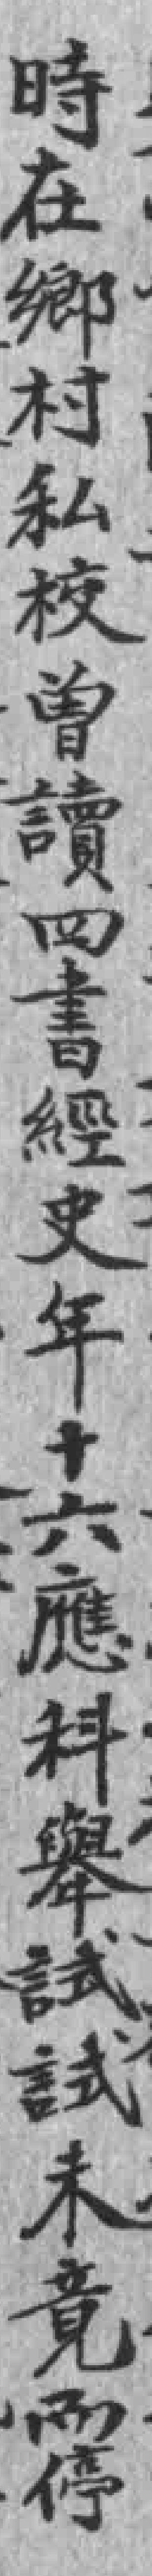
時在鄉村私校曾讀四書經史年十六應科舉試試未竟而停